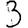
Digit: 3